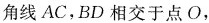
角线AC，BD相交于点O，